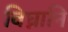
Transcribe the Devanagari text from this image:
विघ्नानि